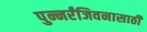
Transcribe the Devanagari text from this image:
पुन्नर्रंजिवनासाठी